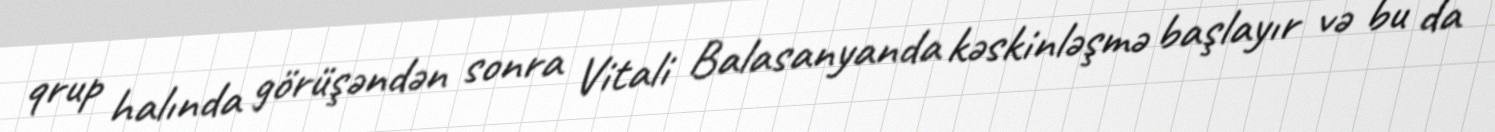
qrup halında görüşəndən sonra Vitali Balasanyanda kəskinləşmə başlayır və bu da